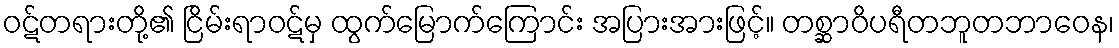
ဝဋ်တရားတို့၏ ငြိမ်းရာဝဋ်မှ ထွက်မြောက်ကြောင်း အပြားအားဖြင့်။ တစ္ဆာဝိပရီတဘူတဘာဝေန၊